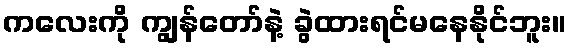
ကလေးကို ကျွန်တော်နဲ့ ခွဲထားရင်မနေနိုင်ဘူး။